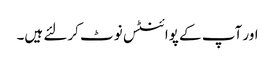
اور آپ کے پوائنٹس نوٹ کرلئے ہیں۔